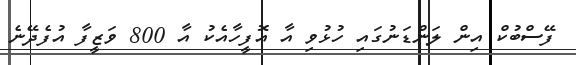
ފޭސްބުކް އިން ލަންޑަނުގައި ހުޅުވި އާ އޮފީހާއެކު އާ 800 ވަޒީފާ އުފެދޭނެ